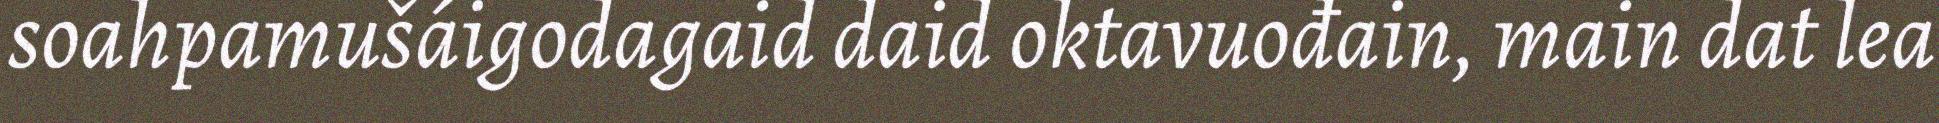
soahpamušáigodagaid daid oktavuođain, main dat lea